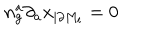
n _ { g } ^ { a } \partial _ { a } x _ { | \partial M _ { t } } = 0